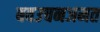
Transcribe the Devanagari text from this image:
बवउचनजमत